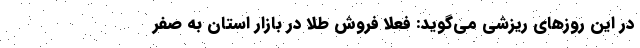
در این روزهای ریزشی می‌گوید: فعلاً فروش طلا در بازار استان به صفر